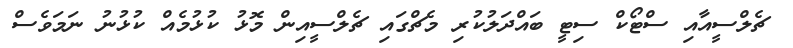
ޗެލްސީއާއި ސްޓޯކް ސިޓީ ބައްދަލުކުރި މެޗްގައި ޗެލްސީއިން މޮޅު ކުޅުމެއް ކުޅުނު ނަމަވެސް